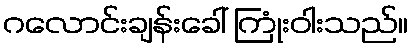
ဂလောင်းချန်းခေါ် ကြုံးဝါးသည်။